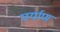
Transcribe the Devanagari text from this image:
पर्याण